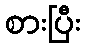
စားပြီး